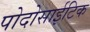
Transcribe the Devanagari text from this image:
पोदोसाईटिक